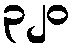
၃၂၀